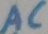
Text: AC